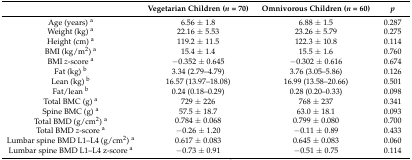
<table><thead><tr><td></td><td><b>Vegetarian Children (<i>n</i> = 70)</b></td><td><b>Omnivorous Children (<i>n</i> = 60)</b></td><td><b><i>p</i></b></td></tr></thead><tbody><tr><td>Age (years) <sup>a</sup></td><td>6.56 ± 1.8</td><td>6.88 ± 1.5</td><td>0.287</td></tr><tr><td>Weight (kg) <sup>a</sup></td><td>22.16 ± 5.53</td><td>23.26 ± 5.79</td><td>0.275</td></tr><tr><td>Height (cm) <sup>a</sup></td><td>119.2 ± 11.5</td><td>122.3 ± 10.8</td><td>0.114</td></tr><tr><td>BMI (kg/m<sup>2</sup>) <sup>a</sup></td><td>15.4 ± 1.4</td><td>15.5 ± 1.6</td><td>0.760</td></tr><tr><td>BMI <i>z</i>-score <sup>a</sup></td><td>−0.352 ± 0.645</td><td>−0.302 ± 0.616</td><td>0.674</td></tr><tr><td>Fat (kg) <sup>b</sup></td><td>3.34 (2.79–4.79)</td><td>3.76 (3.05–5.86)</td><td>0.126</td></tr><tr><td>Lean (kg) <sup>b</sup></td><td>16.57 (13.97–18.08)</td><td>16.99 (13.58–20.66)</td><td>0.501</td></tr><tr><td>Fat/lean <sup>b</sup></td><td>0.24 (0.18–0.29)</td><td>0.28 (0.20–0.33)</td><td>0.098</td></tr><tr><td>Total BMC (g) <sup>a</sup></td><td>729 ± 226</td><td>768 ± 237</td><td>0.341</td></tr><tr><td>Spine BMC (g) <sup>a</sup></td><td>57.5 ± 18.7</td><td>63.0 ± 18.1</td><td>0.093</td></tr><tr><td>Total BMD (g/cm<sup>2</sup>) <sup>a</sup></td><td>0.784 ± 0.068</td><td>0.799 ± 0.080</td><td>0.700</td></tr><tr><td>Total BMD <i>z</i>-score <sup>a</sup></td><td>−0.26 ± 1.20</td><td>−0.11 ± 0.89</td><td>0.433</td></tr><tr><td>Lumbar spine BMD L1–L4 (g/cm<sup>2</sup>) <sup>a</sup></td><td>0.617 ± 0.083</td><td>0.645 ± 0.083</td><td>0.060</td></tr><tr><td>Lumbar spine BMD L1–L4 z-score <sup>a</sup></td><td>−0.73 ± 0.91</td><td>−0.51 ± 0.75</td><td>0.114</td></tr></tbody></table>